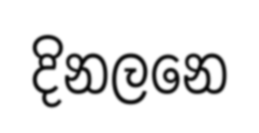
දිනලනෙ